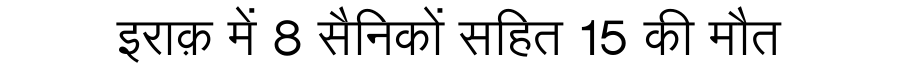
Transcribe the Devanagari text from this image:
इराक़ में 8 सैनिकों सहित 15 की मौत